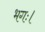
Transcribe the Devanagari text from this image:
भगः।